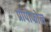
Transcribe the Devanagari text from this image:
प्रोपोफोल